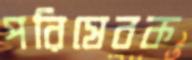
পরিষেবক